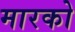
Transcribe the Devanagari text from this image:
मारको